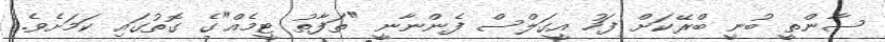
ސާންތީ ބުނީ ބްރޭކަށް ފަހު އީގަލްސް ފެންނާނީ "ތަފާތު ޓީމެއް"ގެ ގޮތުގައި ކަމަށެވެ.